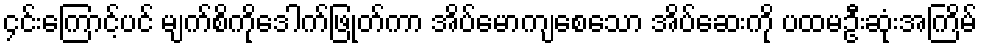
၄င်းကြောင့်ပင် မျက်စိကိုဒေါက်ဖြုတ်ကာ အိပ်မောကျစေသော အိပ်ဆေးကို ပထမဦးဆုံးအကြိမ်